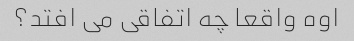
اوه واقعا چه اتفاقی می افتد؟